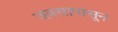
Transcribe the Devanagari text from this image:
जवसापासून